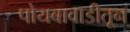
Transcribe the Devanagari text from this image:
पोयबावाडीतून